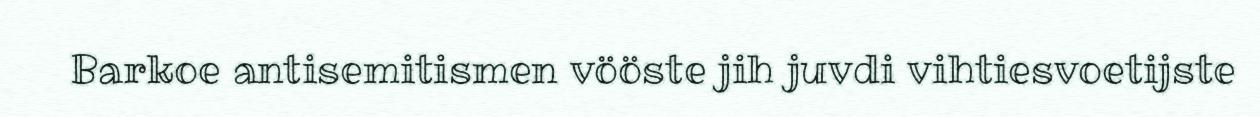
Barkoe antisemitismen vööste jih juvdi vihtiesvoetijste